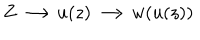
Z \longrightarrow u ( z ) \longrightarrow w ( u ( z ) )